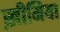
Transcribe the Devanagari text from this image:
ख़ीमिया